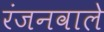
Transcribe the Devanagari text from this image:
रंजनवाले